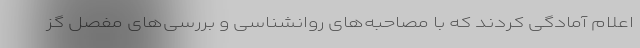
اعلام آمادگی کردند که با مصاحبه‌های روانشناسی و بررسی‌های مفصل گز